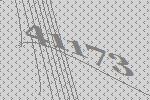
41173